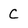
Character: C